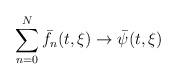
LaTeX: \begin{align*}\sum_{n=0}^N \bar{f}_n(t,\xi)\to \bar{\psi}(t,\xi)\end{align*}